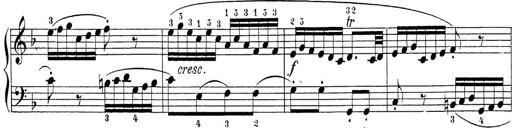
Title: Sonatina Album
Composer: Louis KÃ¶hler